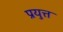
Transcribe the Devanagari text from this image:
प्रयुत्त